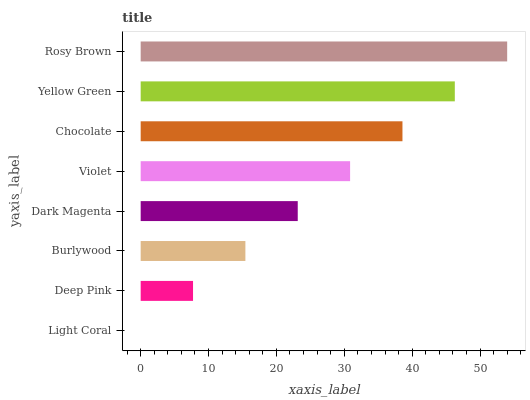
| yaxis_label | bars |
 | --- | --- |
 | Light Coral | 0 |
 | Deep Pink | 7.71 |
 | Burlywood | 15.4 |
 | Dark Magenta | 23.1 |
 | Violet | 30.9 |
 | Chocolate | 38.6 |
 | Yellow Green | 46.3 |
 | Rosy Brown | 54 |